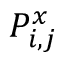
P _ { i , j } ^ { x }